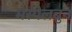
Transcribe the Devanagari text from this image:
मेस्पेलब्रुन